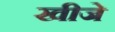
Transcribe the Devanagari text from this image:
खीजे